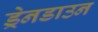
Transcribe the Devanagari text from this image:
ड्रेनडाउन